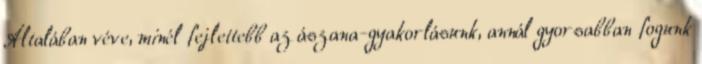
Általában véve, minél fejlettebb az ászana-gyakorlásunk, annál gyorsabban fogunk